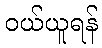
ဝယ်ယူရန်